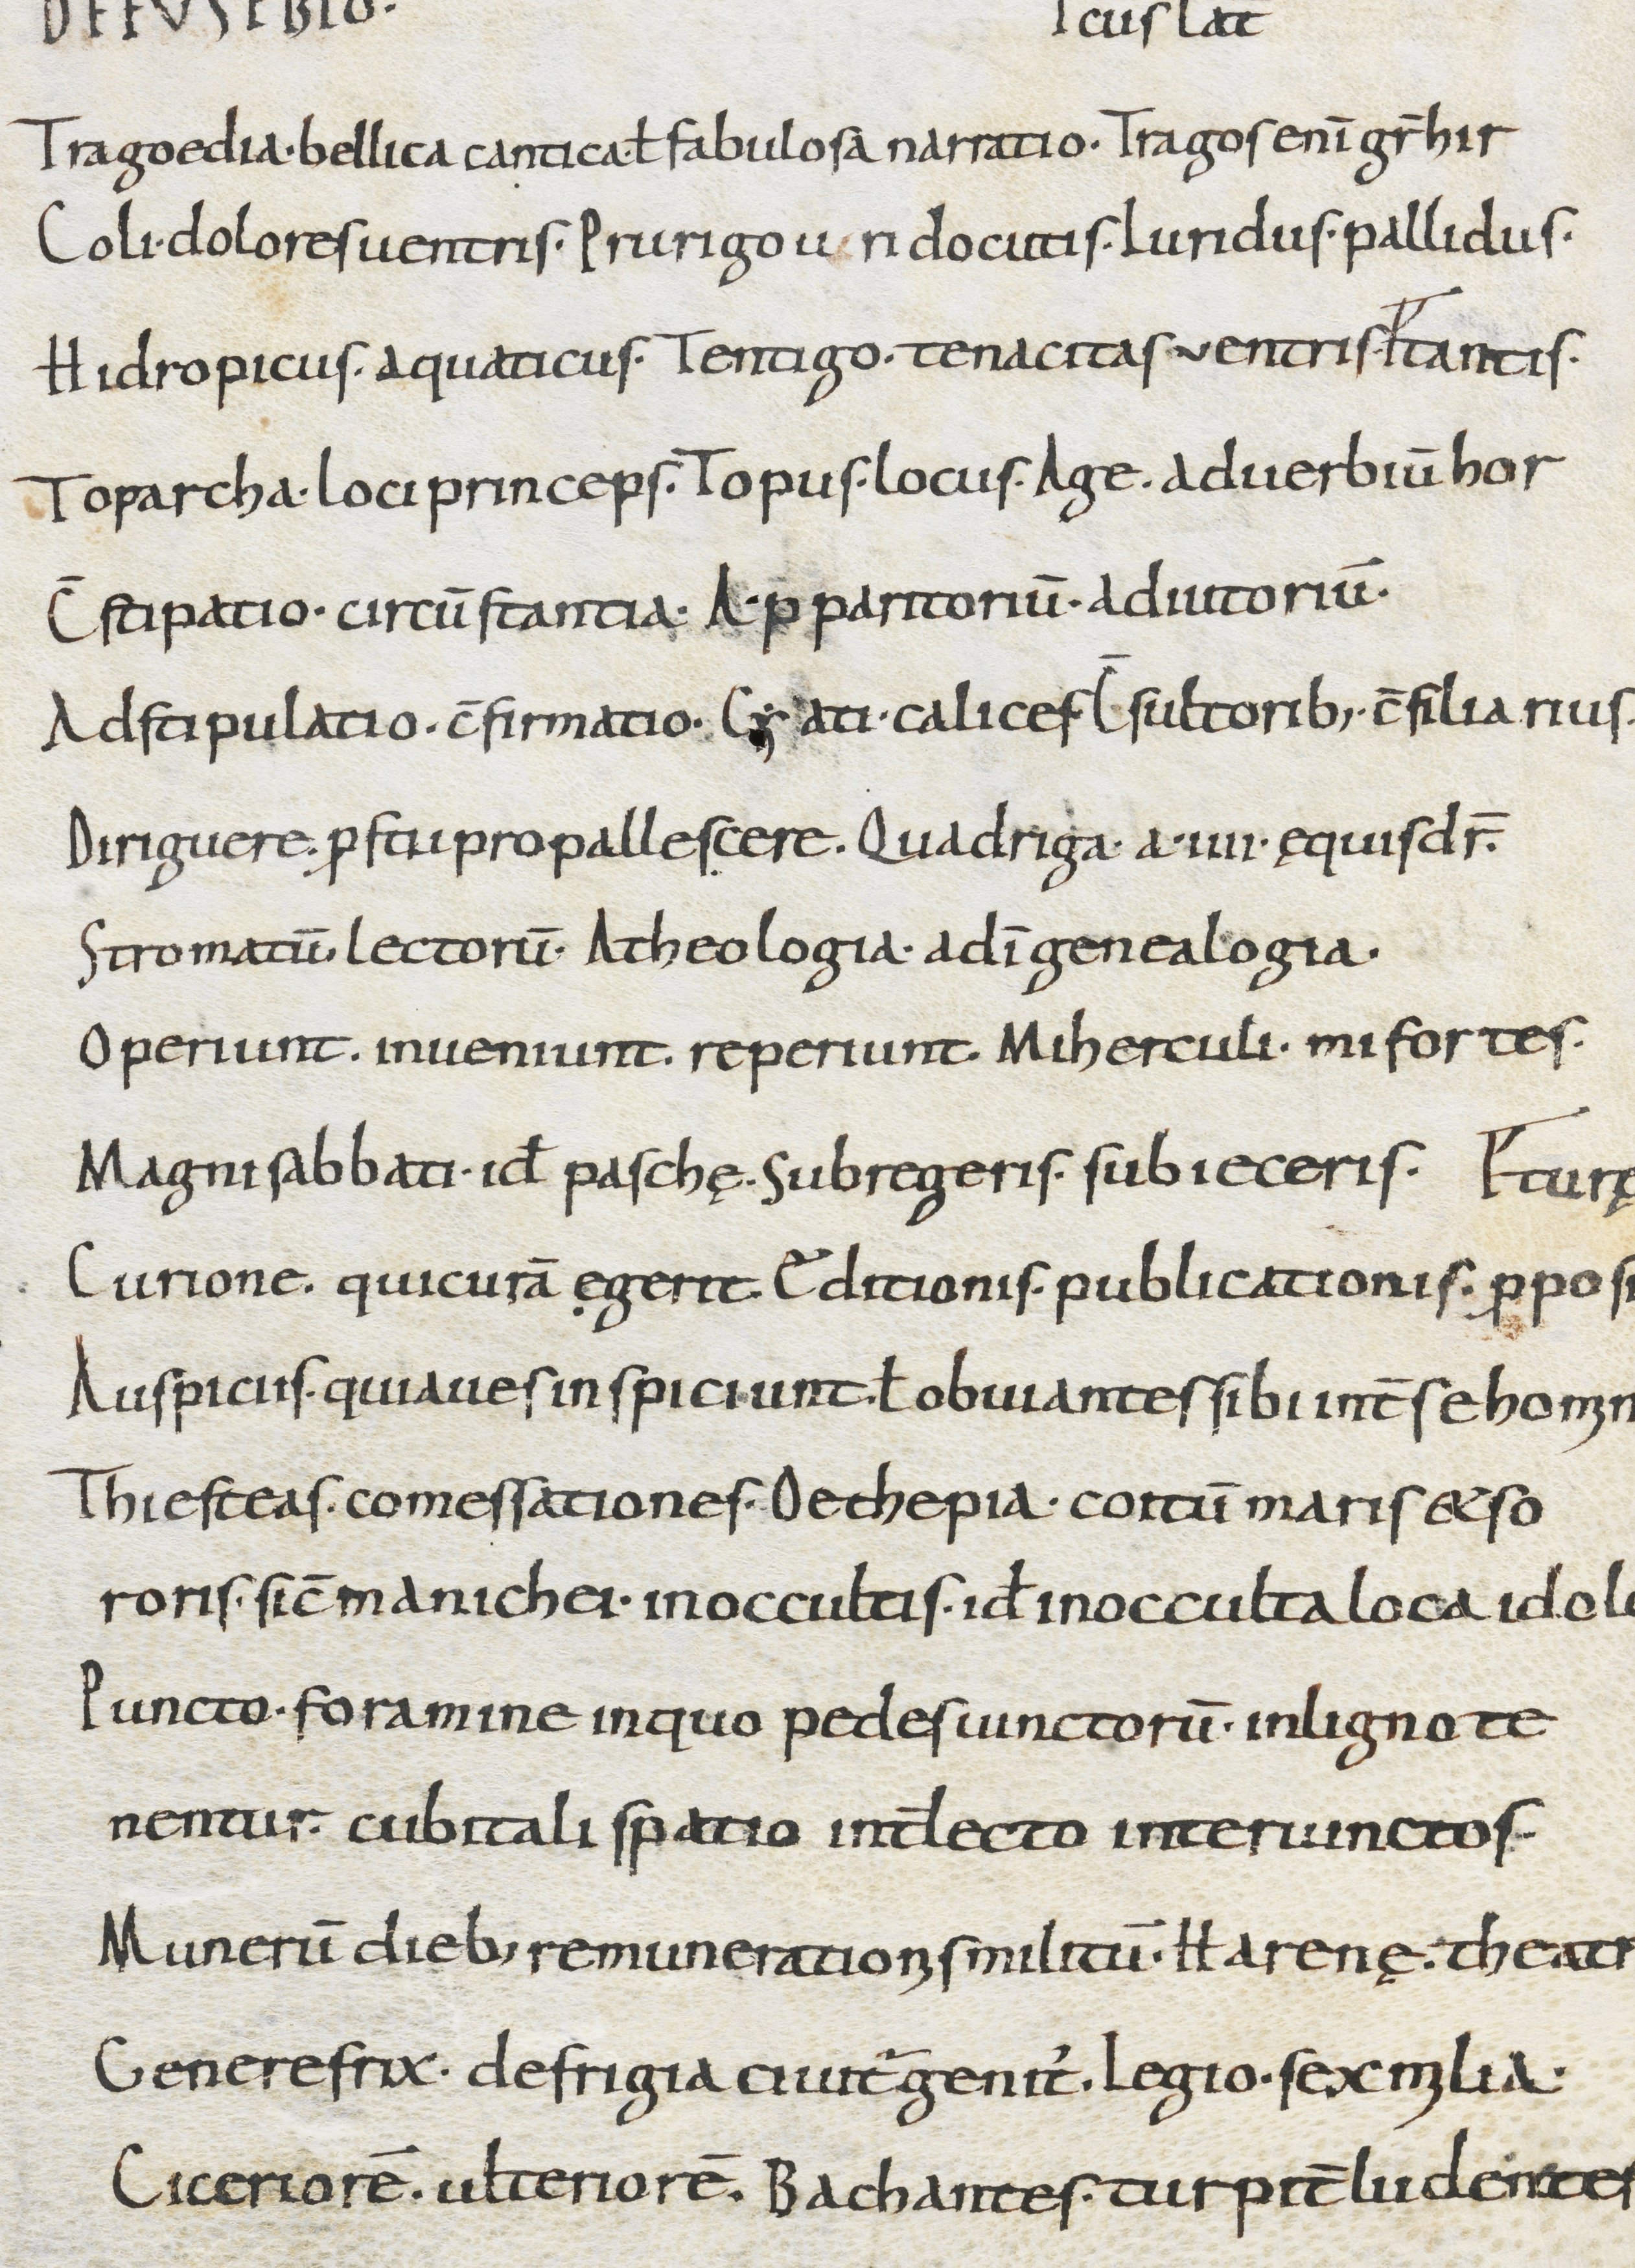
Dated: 800–999